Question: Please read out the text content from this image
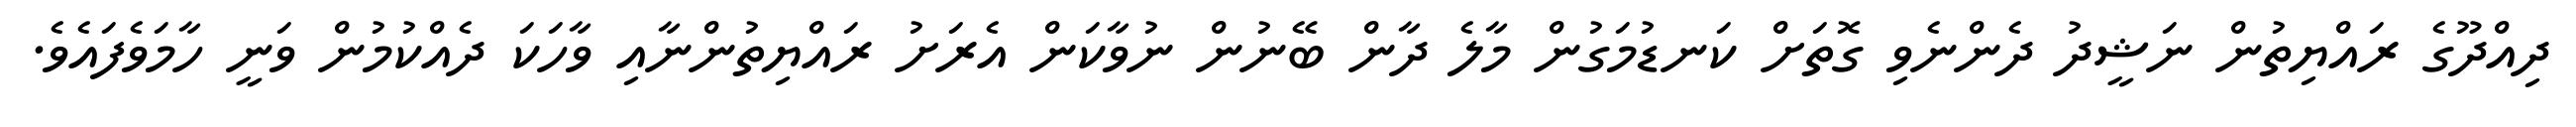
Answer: ދިއްދޫގެ ރައްޔިތުން ނަޝީދު ދެންނެވި ގޮތަށް ކަނޑުމަގުން މާލެ ދާން ބޭނުން ނުވާކަން އެރަށު ރައްޔިތުންނާއި ވާހަކަ ދެއްކުމުން ވަނީ ހާމަވެފައެވެ.